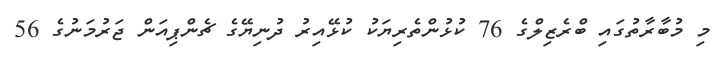
މި މުބާރާތުގައި ބްރެޒިލްގެ 76 ކުޅުންތެރިޔަކު ކުޅޭއިރު ދުނިޔޭގެ ޗެންޕިއަން ޖަރުމަނުގެ 56